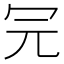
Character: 𠕻